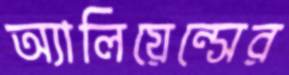
অ্যালিয়েন্সের